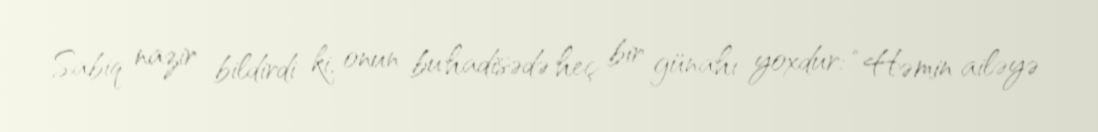
Sabiq nazir bildirdi ki, onun bu hadisədə heç bir günahı yoxdur: “Həmin ailəyə